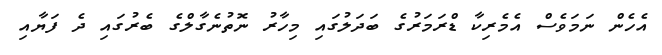
އެހެން ނަމަވެސް އެމެރިކާ ޑްރަމަރުގެ ބަދަލުގައި މިހާރު ނޮތުނެގާލްގެ ބެރުގައި ދެ ފަޔާއި